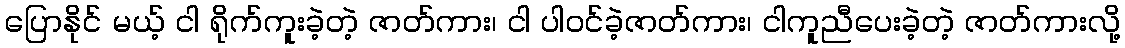
ပြောနိုင် မယ့် ငါ ရိုက်ကူးခဲ့တဲ့ ဇာတ်ကား၊ ငါ ပါဝင်ခဲ့ဇာတ်ကား၊ ငါကူညီပေးခဲ့တဲ့ ဇာတ်ကားလို့